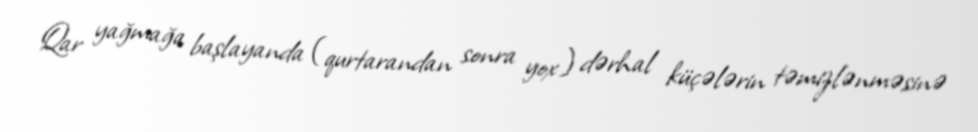
Qar yağmağa başlayanda (qurtarandan sonra yox) dərhal küçələrin təmizlənməsinə